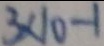
3 \times 1 0 - 1